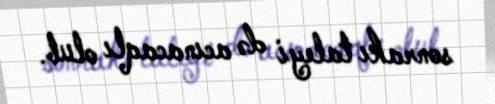
sonrakı taleyi də acınacaqlı olub.